Lock hospitals Punjab
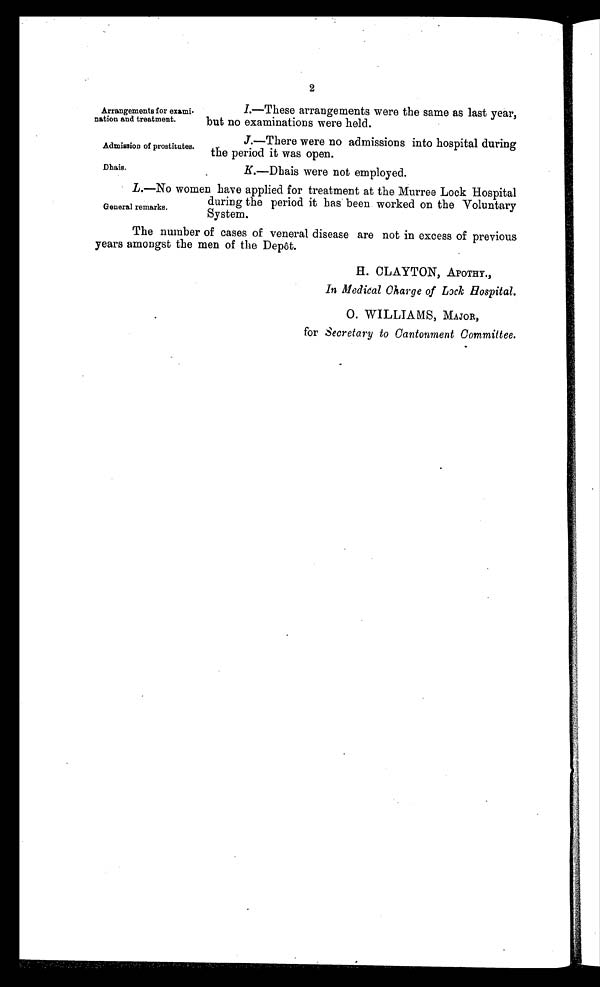
Arrangements for exami-
nation and treatment.
Admission of prostitutes.
Dhais.
2
I.—These arrangements were the same as last year,
but no examinations were held.
J.—There were no admissions into hospital during
the period it was open.
K.—Dhais were not employed.
L .—No women have applied for treatment at the Murree Lock Hospital
during the period it has been worked on the Voluntary
System.
The number of cases of veneral disease are not in excess of previous
years amongst the men of the Depôt.
H. CLAYTON, APOTHY.,
In Medical Charge of Lock Hospital.
for Secretary to Cantonment Committee.
General remarks.